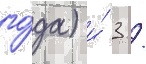
го́да) и́ 3 /